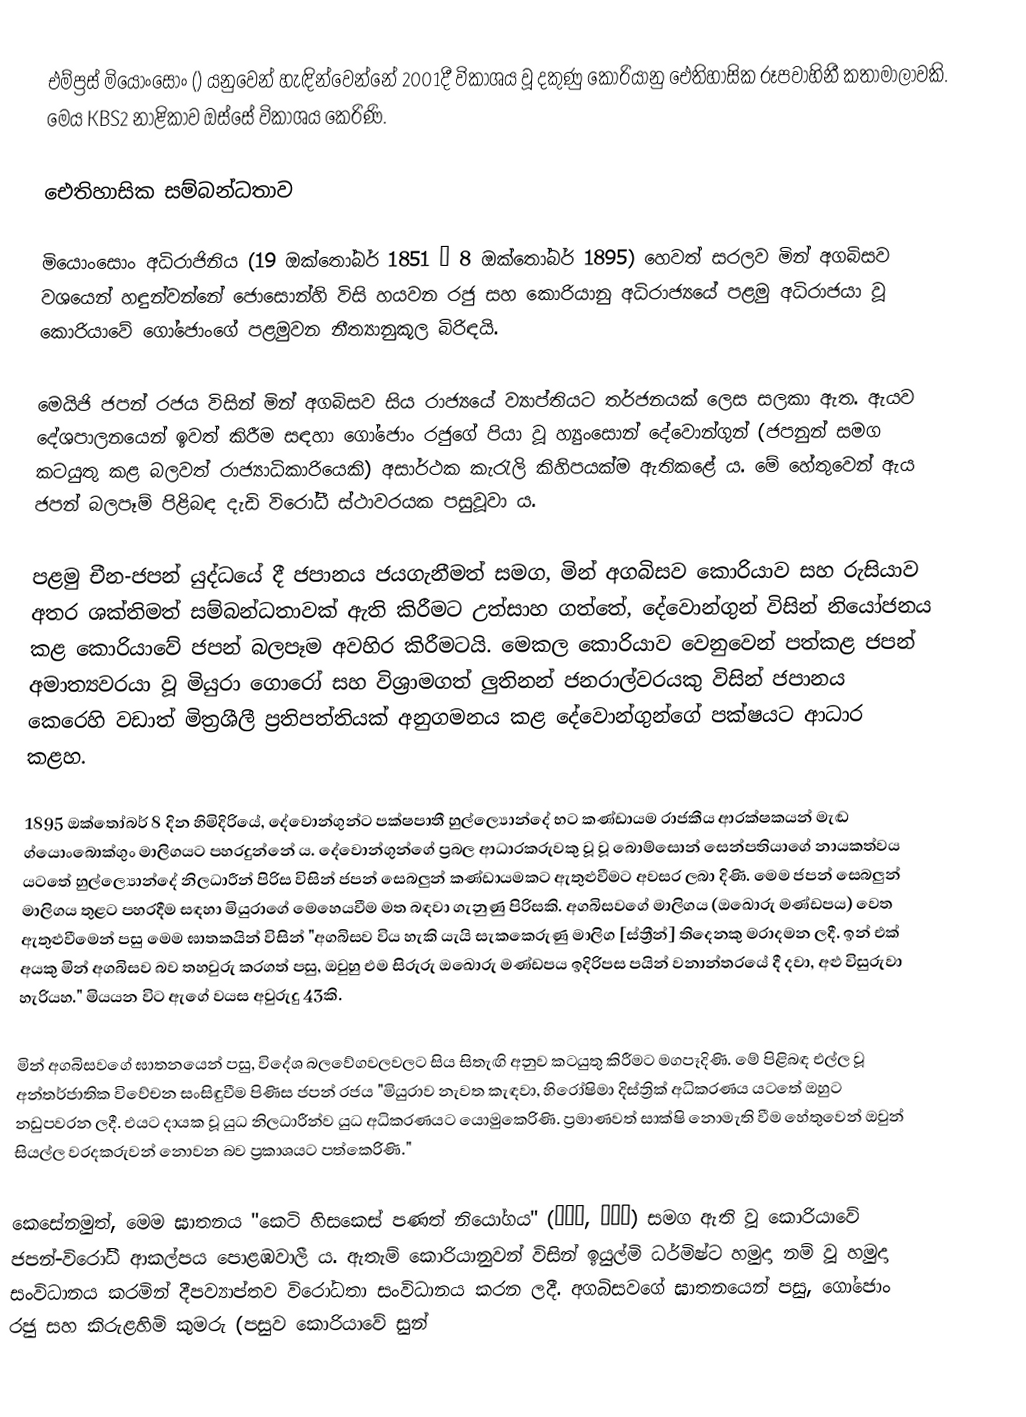
එම්ප්‍රස් මියොංසොං () යනුවෙන් හැඳින්වෙන්නේ 2001දී විකාශය වූ දකුණු කොරියානු ඓතිහාසික රූපවාහිනී කතාමාලාවකි. මෙය KBS2 නාළිකාව ඔස්සේ විකාශය කෙරිණි.

ඓතිහාසික සම්බන්ධතාව

මියොංසොං අධිරාජිනිය (19 ඔක්තෝබර් 1851 – 8 ඔක්තෝබර් 1895) හෙවත් සරලව මින් අගබිසව වශයෙන් හඳුන්වන්නේ ජොසොන්හි විසි හයවන රජු සහ කොරියානු අධිරාජ්‍යයේ පළමු අධිරාජයා වූ කොරියාවේ ගෝජොංගේ පළමුවන නීත්‍යානුකූල බිරිඳයි.

මෙයිජි ජපන් රජය විසින් මින් අගබිසව සිය රාජ්‍යයේ ව්‍යාප්තියට තර්ජනයක් ලෙස සලකා ඇත. ඇයව දේශපාලනයෙන් ඉවත් කිරීම සඳහා ගෝජොං රජුගේ පියා වූ හ්‍යුංසොන් දේවොන්ගුන් (ජපනුන් සමග කටයුතු කළ බලවත් රාජ්‍යාධිකාරියෙකි) අසාර්ථක කැරැලි කිහිපයක්ම ඇතිකළේ ය. මේ හේතුවෙන් ඇය ජපන් බලපෑම් පිළිබඳ දැඩි විරෝධී ස්ථාවරයක පසුවූවා ය.

පළමු චීන-ජපන් යුද්ධයේ දී ජපානය ජයගැනීමත් සමග, මින් අගබිසව කොරියාව සහ රුසියාව අතර ශක්තිමත් සම්බන්ධතාවක් ඇති කිරීමට උත්සාහ ගත්තේ, දේවොන්ගුන් විසින් නියෝජනය කළ කොරියාවේ ජපන් බලපෑම අවහිර කිරීමටයි. මෙකල කොරියාව වෙනුවෙන් පත්කළ ජපන් අමාත්‍යවරයා වූ මියුරා ගොරෝ සහ විශ්‍රාමගත් ලුතිනන් ජනරාල්වරයකු විසින් ජපානය කෙරෙහි වඩාත් මිත්‍රශීලී ප්‍රතිපත්තියක් අනුගමනය කළ දේවොන්ගුන්ගේ පක්ෂයට ආධාර ක‍ළහ.

1895 ඔක්තෝබර් 8 දින හිමිදිරියේ, දේවොන්ගුන්ට පක්ෂපාතී හුල්ල්‍යොන්දේ භට කණ්ඩායම රාජකීය ආරක්ෂකයන් මැඬ ග්යොංබොක්ගුං මාලිගයට පහරදුන්නේ ය. දේවොන්ගුන්ගේ ප්‍රබල ආධාරකරුවකු වූ වූ බොම්සොන් සෙන්පතියාගේ නායකත්වය යටතේ හුල්ල්‍යොන්දේ නිලධාරීන් පිරිස විසින් ජපන් සෙබලුන් කණ්ඩායමකට ඇතුළුවීමට අවසර ලබා දිණි. මෙම ජපන් සෙබලුන් මාලිගය තුළට පහරදීම සඳහා මියුරාගේ මෙහෙයවීම මත බඳවා ගැනුණු පිරිසකි. අගබිසවගේ මාලිගය (ඔඛොරු මණ්ඩපය) වෙත ඇතුළුවීමෙන් පසු මෙම ඝාතකයින් විසින් "අගබිසව විය හැකි යැයි සැකකෙරුණු මාලිග [ස්ත්‍රීන්] තිදෙනකු මරාදමන ලදී. ඉන් එක් අයකු මින් අගබිසව බව තහවුරු කරගත් පසු, ඔවුහු එම සිරුරු ඔඛොරු මණ්ඩපය ඉදිරිපස පයින් වනාන්තරයේ දී දවා, අළු විසුරුවා හැරියහ." මියයන විට ඇගේ වයස අවුරුදු 43කි.

මින් අගබිසවගේ ඝාතනයෙන් පසු, විදේශ බලවේගවලවලට සිය සිතැඟි අනුව කටයුතු කිරීමට මගපෑදිණි. මේ පිළිබඳ එල්ල වූ අන්තර්ජාතික විවේචන සංසිඳුවීම පිණිස ජපන් රජය "මියුරාව නැවත කැඳවා, හිරෝෂිමා දිස්ත්‍රික් අධිකරණය යටතේ ඔහුට නඩුපවරන ලදී. එයට දායක වූ යුධ නිලධාරීන්ව යුධ අධිකරණයට යොමුකෙරිණි. ප්‍රමාණවත් සාක්ෂි නොමැති වීම හේතුවෙන් ඔවුන් සියල්ල වරදකරුවන් නොවන බව ප්‍රකාශයට පත්කෙරිණි."

කෙසේනමුත්, මෙම ඝාතනය "කෙටි හිසකෙස් පණත් නියෝගය" (단발령, 斷髮令) සමග ඇති වූ කොරියාවේ ජපන්-විරෝධී ආකල්පය පොළඹවාලී ය. ඇතැම් කොරියානුවන් විසින් ඉයුල්මි ධර්මිෂ්ට හමුදා නම් වූ හමුදා සංවිධානය කරමින් දීපව්‍යාප්තව විරෝධතා සංවිධානය කරන ලදී. අගබිසවගේ ඝාතනයෙන් පසු, ගෝජොං රජු සහ කිරුළහිමි කුමරු (පසුව කොරියාවේ සුන්